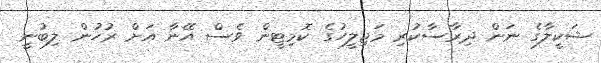
ޝަކީލާގެ ނަން ދިރާސާކުރި މަޖިލީހުގެ ކޮމިޓީން ވެސް އޭނާ އަށް ރުހުން ލިބުނީ